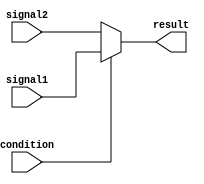
module conditional_operator (
    input wire condition,
    input wire signal1,
    input wire signal2,
    output reg result
);

  always @* begin
    result = (condition) ? signal1 : signal2;
  end

endmodule